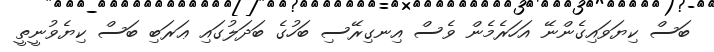
ބަސް ކިޔަވައިގެންނޭ އަހަރެމެން ވެސް އިނގިރޭސި ބަހުގެ ބަދަލުގައި ޢަރަބި ބަސް ކިޔެވުނީތީ